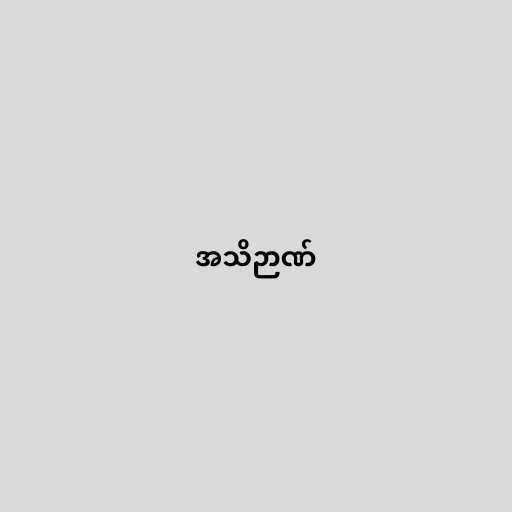
အသိဉာဏ်